Scottish Leaving Certificate Examination, 1958
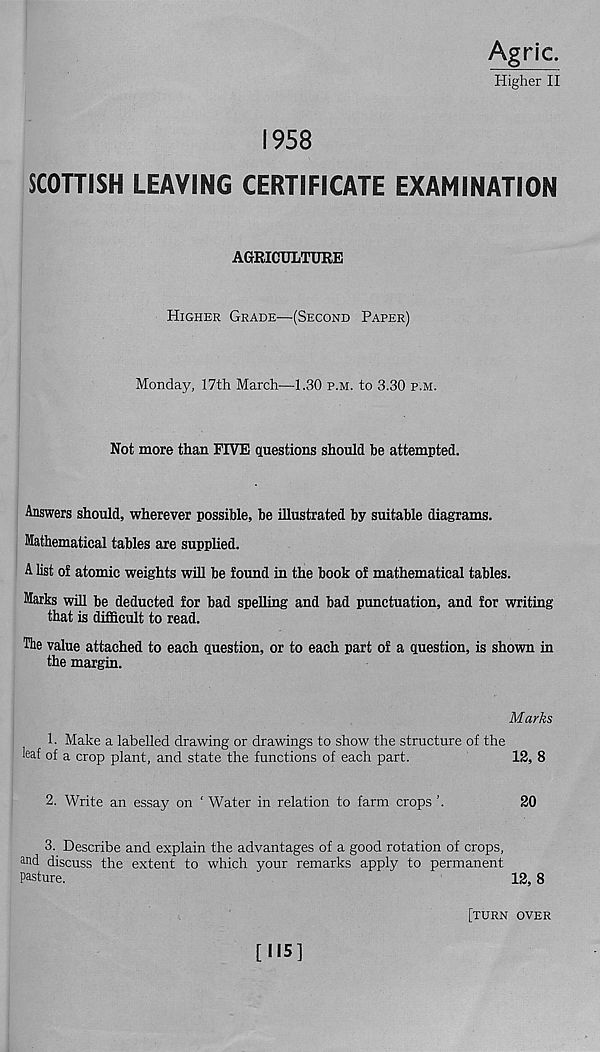
Agric.
Higher II
1958
SCOTTISH LEAVING CERTIFICATE EXAMINATION
AGRICULTURE
Higher Grade—(Second Paper)
Monday, 17th March—1.30 p.m. to 3.30 p.m.
Not more than FIVE questions should be attempted.
Answers should, wherever possible, be illustrated by suitable diagrams.
Mathematical tables are supplied.
A list of atomic weights will be found in the book of mathematical tables.
Marks will be deducted for bad spelling and bad punctuation, and for writing
that is difficult to read.
The value attached to each question, or to each part of a question, is shown in
the margin.
Marks
1. Make a labelled drawing or drawings to show the structure of the
leaf of a crop plant, and state the functions of each part.
12, 8
2. Write an essay on ' Water in relation to farm crops ’.
20
3. Describe and explain the advantages of a good rotation of crops,
and discuss the extent to which your remarks apply to permanent
Pasture.
12, 8
[turn over
[115]